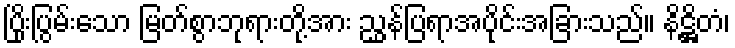
ပြိုးပြွမ်းသော မြတ်စွာဘုရားတို့အား ညွှန်ပြရာအပိုင်းအခြားသည်။ နိဋ္ဌိတံ၊